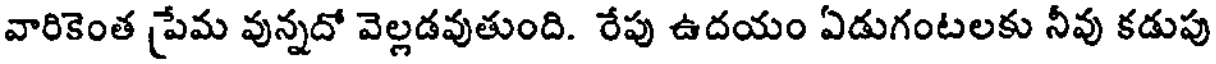
వారికెంత ప్రేమ వున్నదో వెల్లడవుతుంది. రేపు ఉదయం ఏడుగంటలకు నీవు కడుపు